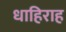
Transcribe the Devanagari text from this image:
धाहिराह